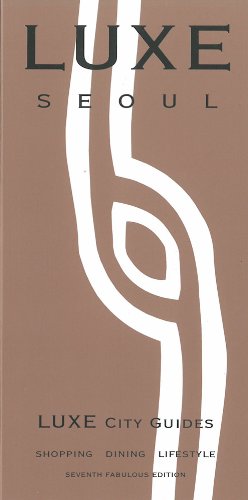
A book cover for LUXE Seoul (Luxe City Guides); LUXE City Guides; Travel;